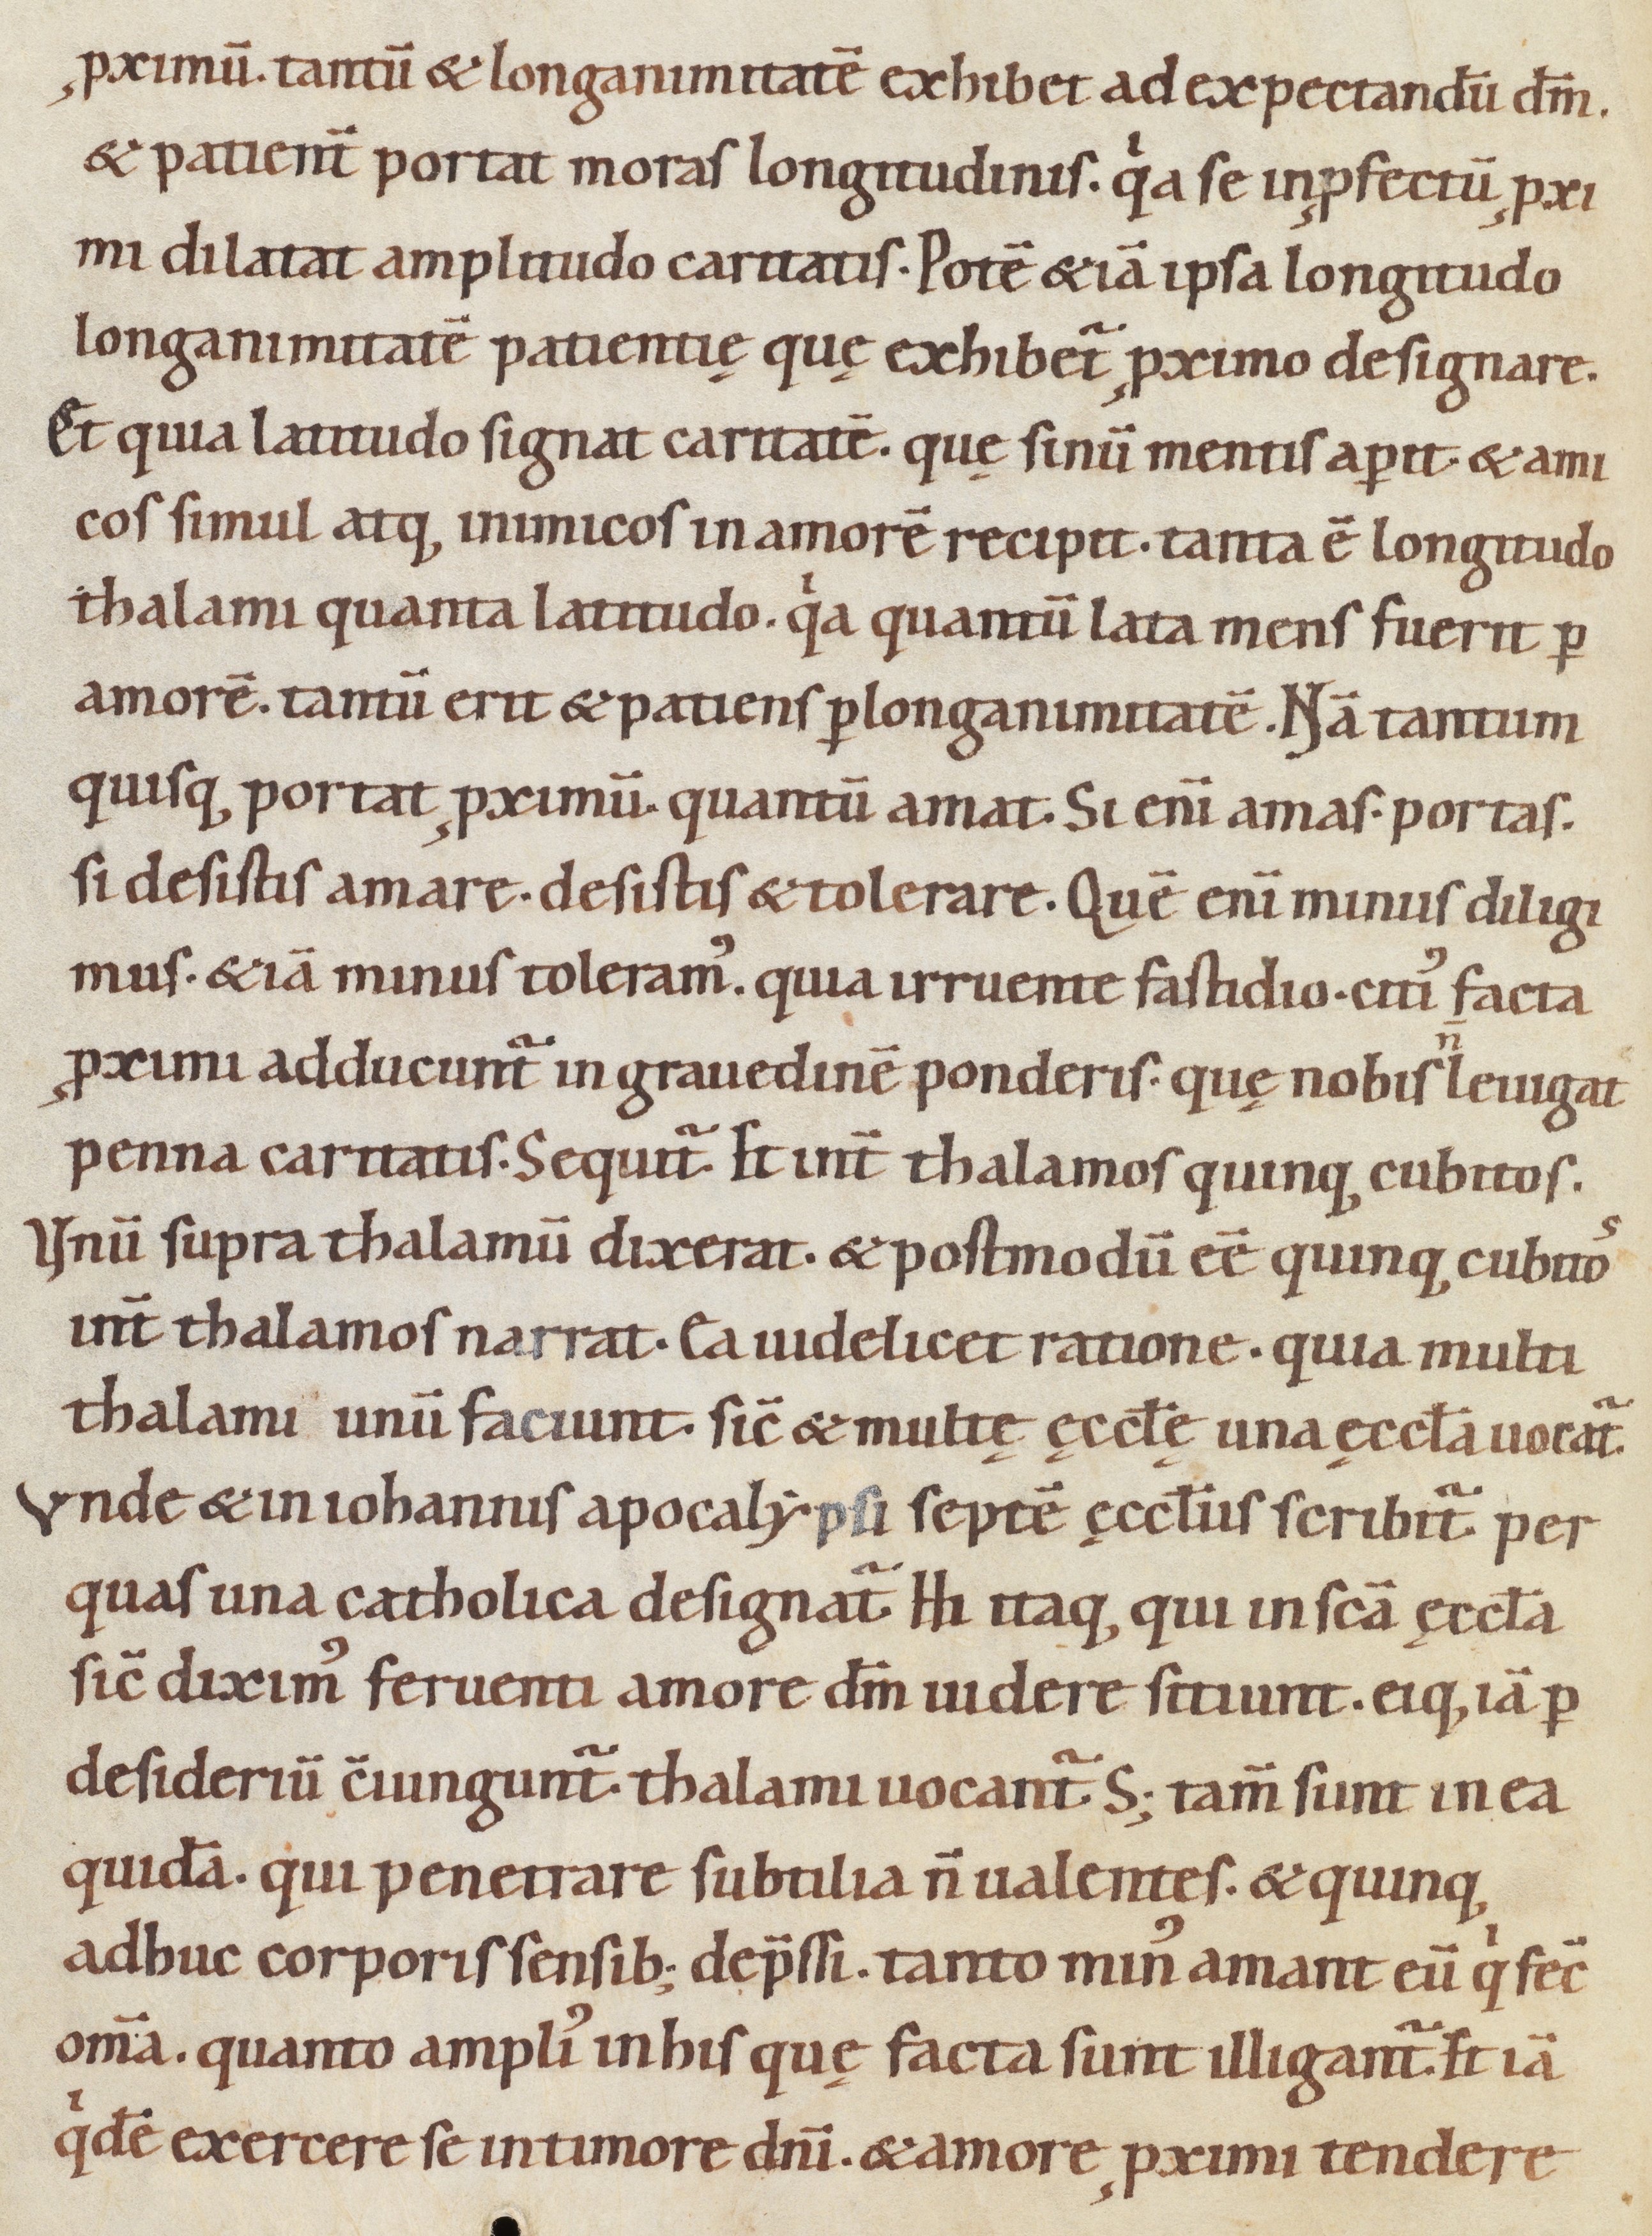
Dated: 1080–1096